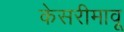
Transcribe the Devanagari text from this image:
केसरीमावू